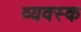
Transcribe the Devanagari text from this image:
व्यवस्क